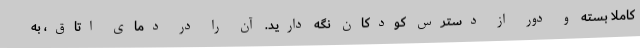
کاملاً بسته و دور از دسترس کودکان نگه دارید. آن را در دمای اتاق، به